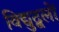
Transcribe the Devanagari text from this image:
विद्युद्बलों